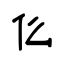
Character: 仫